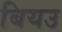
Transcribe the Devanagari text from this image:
बियउ